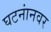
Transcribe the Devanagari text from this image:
घटनांनवर